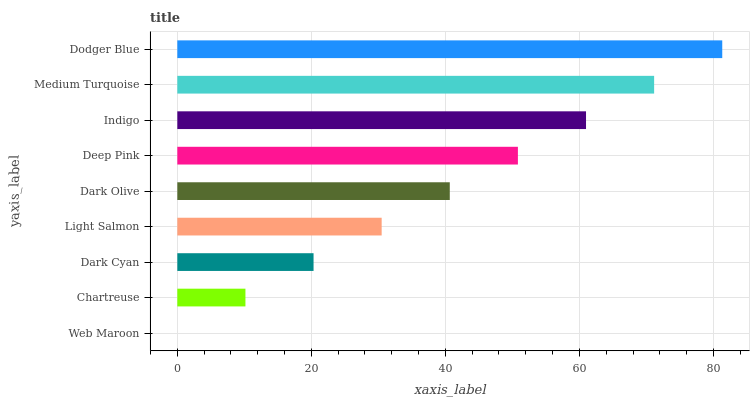
| yaxis_label | bars |
 | --- | --- |
 | Web Maroon | 0 |
 | Chartreuse | 10.2 |
 | Dark Cyan | 20.3 |
 | Light Salmon | 30.5 |
 | Dark Olive | 40.7 |
 | Deep Pink | 50.8 |
 | Indigo | 61 |
 | Medium Turquoise | 71.2 |
 | Dodger Blue | 81.3 |